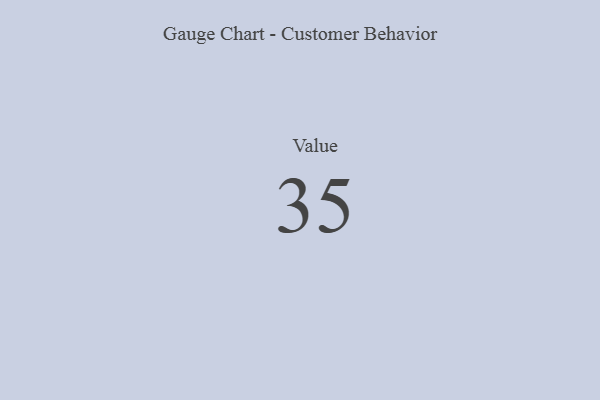
{"axis": {"x": "Metric", "y": "Value"}, "legend": [""], "data": [{"x": "Value", "y": 35, "type": ""}]}